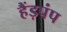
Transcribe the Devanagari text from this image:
हैंड़पंप